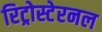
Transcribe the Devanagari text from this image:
रिट्रोस्टेरनल